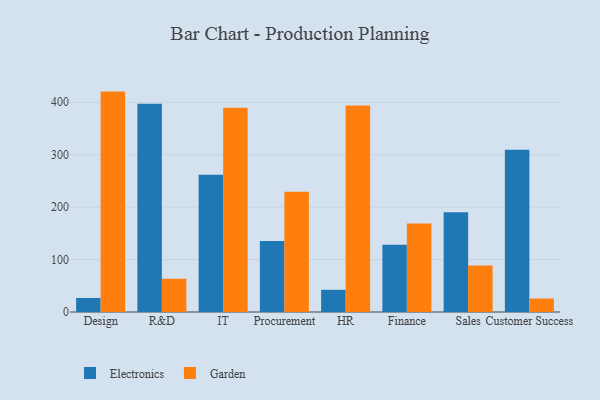
{"axis": {"x": "Department", "y": "LTV (USD)"}, "legend": ["Electronics", "Garden"], "data": [{"x": "Design", "y": 26.8, "type": "Electronics"}, {"x": "Design", "y": 420.4, "type": "Garden"}, {"x": "R&D", "y": 397.4, "type": "Electronics"}, {"x": "R&D", "y": 63.3, "type": "Garden"}, {"x": "IT", "y": 261.8, "type": "Electronics"}, {"x": "IT", "y": 389.7, "type": "Garden"}, {"x": "Procurement", "y": 135.3, "type": "Electronics"}, {"x": "Procurement", "y": 229.5, "type": "Garden"}, {"x": "HR", "y": 42.3, "type": "Electronics"}, {"x": "HR", "y": 393.9, "type": "Garden"}, {"x": "Finance", "y": 128.2, "type": "Electronics"}, {"x": "Finance", "y": 168.8, "type": "Garden"}, {"x": "Sales", "y": 190.3, "type": "Electronics"}, {"x": "Sales", "y": 88.9, "type": "Garden"}, {"x": "Customer Success", "y": 309.6, "type": "Electronics"}, {"x": "Customer Success", "y": 25.7, "type": "Garden"}]}